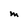
Character: m